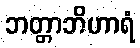
ဘတ္တာဘိဟာရံ